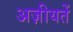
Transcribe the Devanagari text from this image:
अज़ीयतें